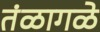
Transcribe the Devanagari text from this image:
तंळागळे